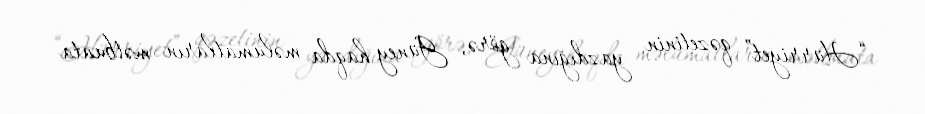
“Hürriyet” qəzetinin yazdığına görə, Güney haqda məlumatların mətbuata